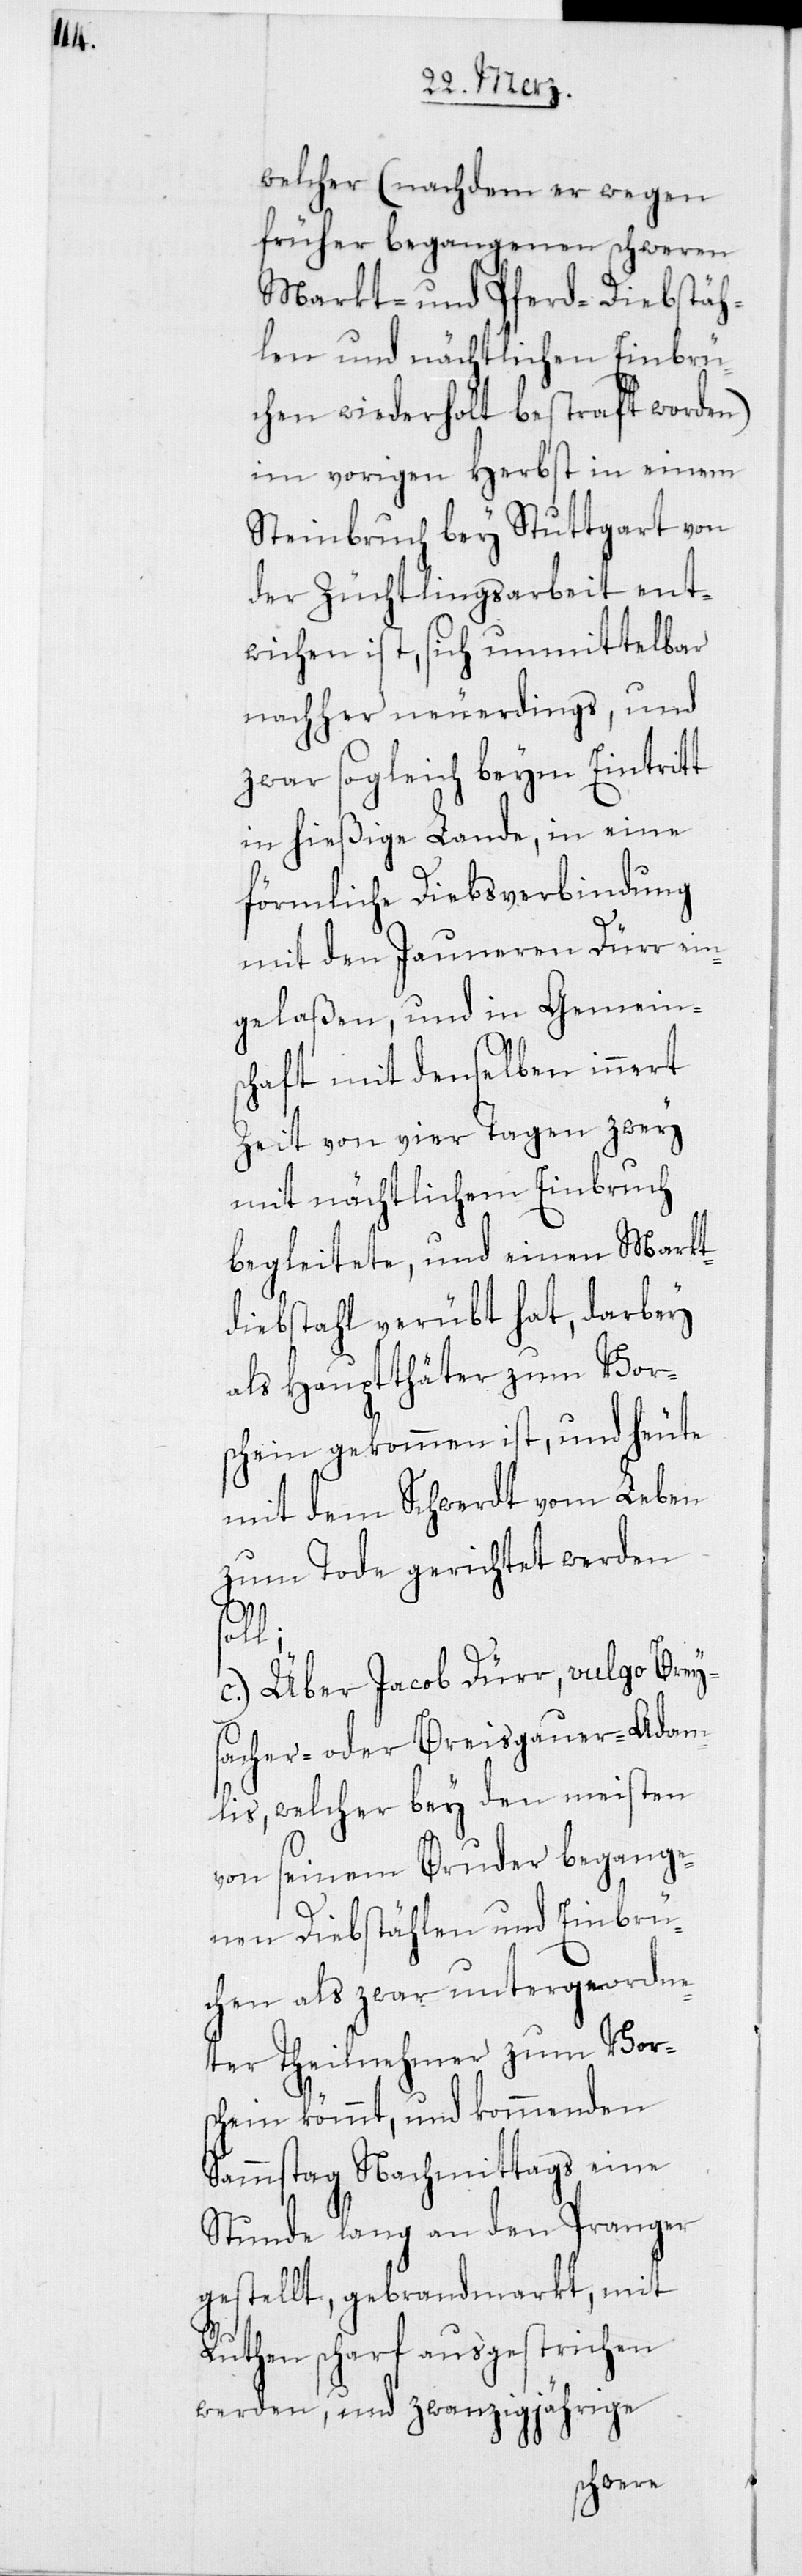
welcher (nachdem er wegen
früher begangenen schweren
Markt- und Pferd-Diebstäh¬
len und nächtlichen Einbrü¬
chen wiederholt bestraft worden)
im vorigen Herbst in einem
Steinbruch bey Stuttgart von
der Züchtlingsarbeit ent¬
wichen ist, sich unmittelbar
nachher neuerdings, und
zwar sogleich beym Eintritt
in hießige Lande, in eine
förmliche Diebsverbindung
mit den Jauneren Dürr ein¬
gelaßen, und in Gemeins¬
chaft mit denselben innert
Zeit von vier Tagen zwey
mit nächtlichem Einbruch
begleitete, und einen Markt¬
diebstahl verübt hat, darbey
als Hauptthäter zum Vor¬
schein gekommen ist, und heute
mit dem Schwerdt vom Leben
zum Tode gerichtet werden
c.) Über Jacob Dürr, vulgo Brey¬
sacher- oder Breisgauer-Adam¬
lis, welcher bey den meisten
von seinem Bruder begange¬
nen Diebstählen und Einbrü¬
chen als zwar untergeordne¬
ter Theilnehmer zum Vor¬
schein kömmt, und kommenden
Sammstag Nachmittags eine
Stunde lang an den Pranger
gestellt, gebrandmarkt, mit
Ruthen scharf ausgestrichen
werden, und zwanzigjährige